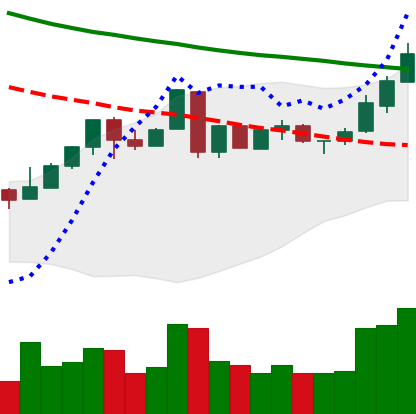
Ticker: LTC-USD
Chart end date: 2018-05-05
Forward return: -15.691%
Label: down_7plus